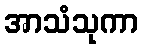
အာသံသုကာ